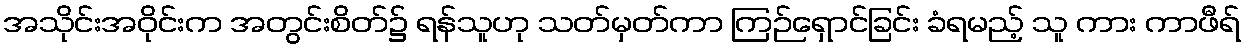
အသိုင်းအဝိုင်းက အတွင်းစိတ်၌ ရန်သူဟု သတ်မှတ်ကာ ကြဉ်ရှောင်ခြင်း ခံရမည့် သူ ကား ကာဖီရ်